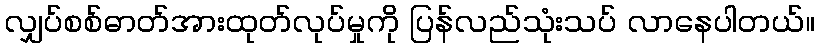
လျှပ်စစ်ဓာတ်အားထုတ်လုပ်မှုကို ပြန်လည်သုံးသပ် လာနေပါတယ်။